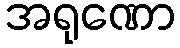
အရုဏော